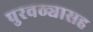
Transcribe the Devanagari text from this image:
पुरवठ्यासह